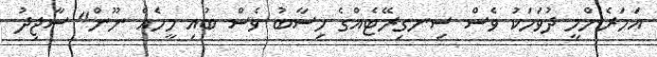
އަހަރެންމީ ދުވަހަކު ވެސް ސިނގިރޭޓެއްގެ ހިސާބު ވެސް ބުއި މީހެއް ނޫން" ސާޖިދު